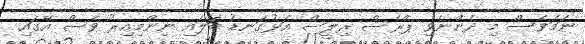
ނަމަވެސް މި ދެންނެވި ޕްރެސް ރިލީސް އަޅުގަނޑު ބަލައި ނިންމިއިރު ވެސް އޭގައި